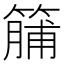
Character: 䈻